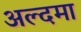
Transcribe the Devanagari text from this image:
अल्दमा